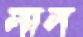
লাল